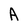
Character: A